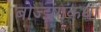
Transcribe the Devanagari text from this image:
बोज्झंगकथा